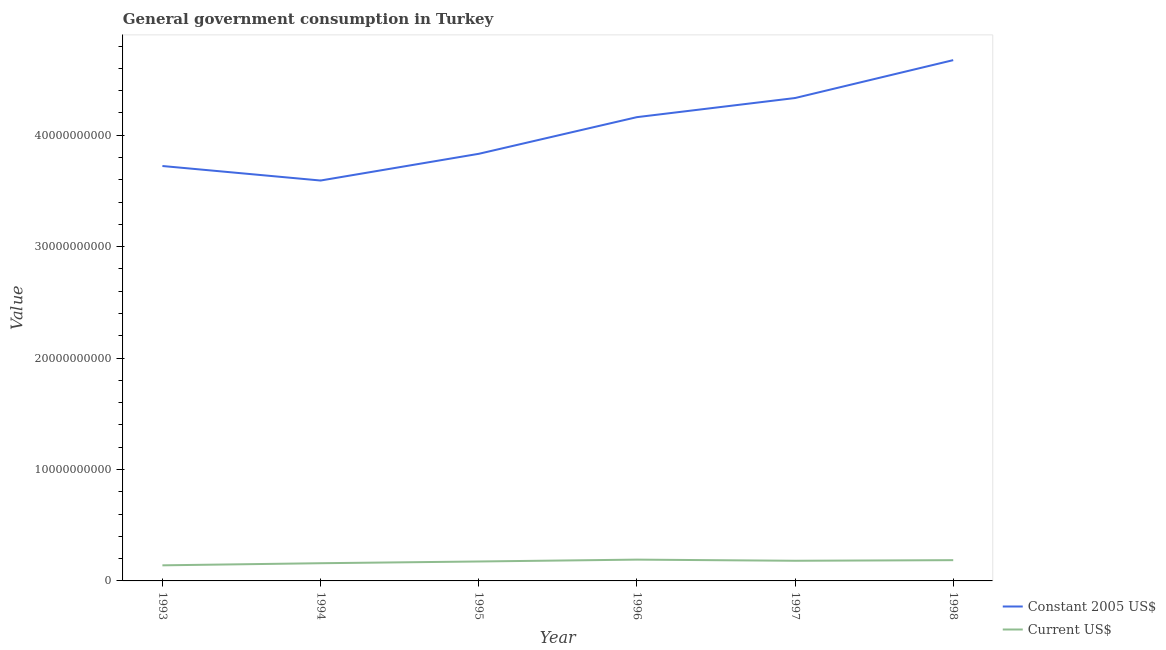
| Year | Constant 2005 US$ | Current US$ |
 | --- | --- | --- |
 | 1993 | 3.72e+10 | 1.4e+09 |
 | 1994 | 3.59e+10 | 1.59e+09 |
 | 1995 | 3.83e+10 | 1.74e+09 |
 | 1996 | 4.16e+10 | 1.91e+09 |
 | 1997 | 4.33e+10 | 1.81e+09 |
 | 1998 | 4.67e+10 | 1.86e+09 |